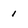
Character: 1